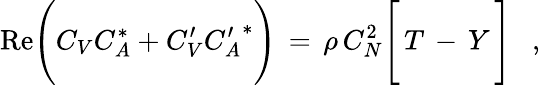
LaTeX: \mathrm{Re}\Bigg(C_{V}C_{A}^{*}+C_{V}^{\prime}{C_{A}^{\prime}}^{*}\Bigg)\, =\, \rho\, C_{N}^{2}\Bigg[\, T\, -\, Y\, \Bigg]\ \ \ ,